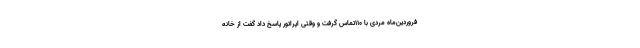
فروردین‌ماه مردی با ۱۱۰تماس گرفت و وقتی اپراتور پاسخ داد گفت از خانه